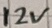
Text: 12V